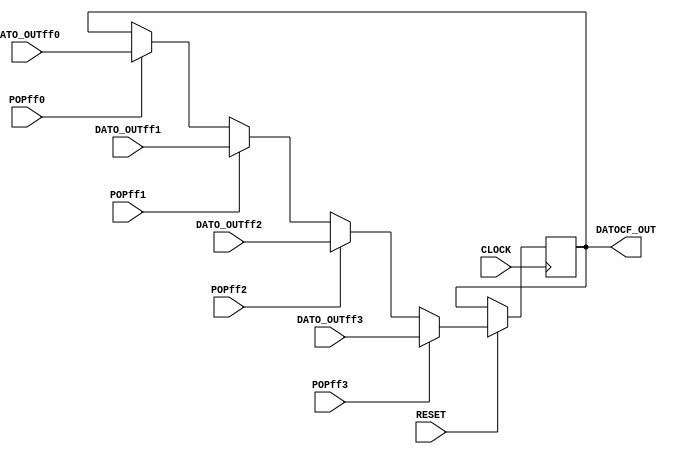
module DATOSINTERMEDIOS(RESET, CLOCK, POPff0, POPff1, POPff2, POPff3, DATO_OUTff0, DATO_OUTff1, DATO_OUTff2, DATO_OUTff3, DATOCF_OUT);
	input RESET, CLOCK;
	input POPff0, POPff1, POPff2, POPff3;
	input [3:0] DATO_OUTff0, DATO_OUTff1, DATO_OUTff2, DATO_OUTff3;
	output reg [3:0] DATOCF_OUT;
	
	always @(posedge CLOCK) begin
		if (RESET) begin
			if (POPff0) begin
				DATOCF_OUT<=DATO_OUTff0;
			end
			if (POPff1) begin
				DATOCF_OUT<=DATO_OUTff1;
			end
			if (POPff2) begin
				DATOCF_OUT<=DATO_OUTff2;
			end
			if (POPff3) begin
				DATOCF_OUT<=DATO_OUTff3;
			end
		end
	end
endmodule